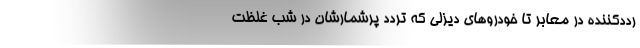
رددکننده در معابر تا خودروهای دیزلی که تردد پرشمارشان در شب غلظت